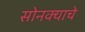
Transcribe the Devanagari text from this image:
सोनक्याचे